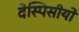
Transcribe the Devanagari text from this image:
देस्पिसीयो